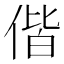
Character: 偕